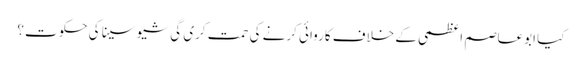
کیا ابوعاصم اعظمی کے خلاف کاروائی کرنے کی حمت کری گی شیو سینا کی حکوت؟